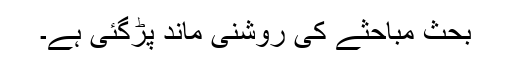
بحث مباحثے کی روشنی ماند پڑگئی ہے۔